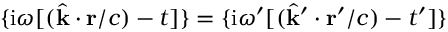
\{ { \mathrm { i } \omega [ ( \hat { \mathbf { k } } \cdot \mathbf { r } / c ) - t } ] \} = \{ { \mathrm { i } \omega ^ { \prime } [ ( \hat { \mathbf { k } } ^ { \prime } \cdot \mathbf { r } ^ { \prime } / c ) - t ^ { \prime } } ] \}